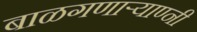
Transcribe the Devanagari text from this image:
बाळगणार्‍याण्नी